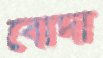
বোদা